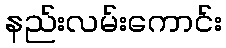
နည်းလမ်းကောင်း